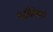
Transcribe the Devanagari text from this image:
पटोशिक